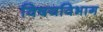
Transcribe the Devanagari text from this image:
विषयविभाग